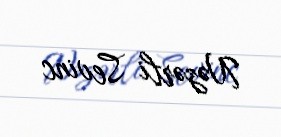
Nəzərli Sevinc